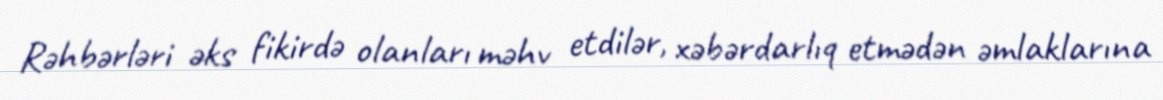
Rəhbərləri əks fikirdə olanları məhv etdilər, xəbərdarlıq etmədən əmlaklarına